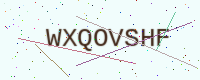
Text: WXQOVSHF